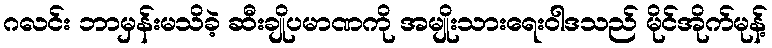
ဂလင်း ဘာမှန်းမသိခဲ့ ဆီးချိုပမာဏကို အမျိုးသားရေးဝါဒသည် မိုင်အိုက်မုန့်